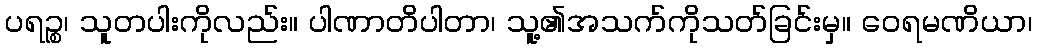
ပရဉ္စ၊ သူတပါးကိုလည်း။ ပါဏာတိပါတာ၊ သူ့၏အသက်ကိုသတ်ခြင်းမှ။ ဝေရမဏိယာ၊